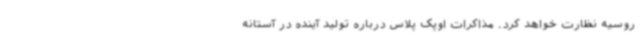
روسیه نظارت خواهد کرد. مذاکرات اوپک پلاس درباره تولید آینده در آستانه